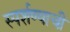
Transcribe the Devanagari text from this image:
स्पर्शण्याची